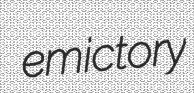
emictory